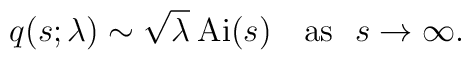
q(s;\lambda) \sim \sqrt{\lambda}\> {\rm Ai}(s) \ \ \ {\rm as}\ \  s\rightarrow\infty.